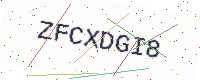
Text: ZFCXDGI8